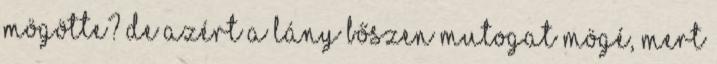
mögötte? De azért a lány bőszen mutogat mögé, mert